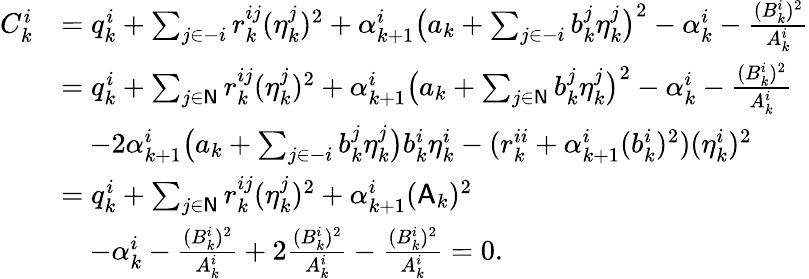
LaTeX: \begin{array}{rl}{C_{k}^{i}}&{=q_{k}^{i}+\sum_{j\in-i}r_{k}^{ij}(\eta_{k}^{j})^{2}+\alpha_{k+1}^{i}\big(a_{k}+\sum_{j\in-i}b_{k}^{j}\eta_{k}^{j}\big)^{2}-\alpha_{k}^{i}-\frac{(B_{k}^{i})^{2}}{A_{k}^{i}}}\\ &{=q_{k}^{i}+\sum_{j\in\mathsf{N}}r_{k}^{ij}(\eta_{k}^{j})^{2}+\alpha_{k+1}^{i}\big(a_{k}+\sum_{j\in\mathsf{N}}b_{k}^{j}\eta_{k}^{j}\big)^{2}-\alpha_{k}^{i}-\frac{(B_{k}^{i})^{2}}{A_{k}^{i}}}\\ &{\quad-2\alpha_{k+1}^{i}\big(a_{k}+\sum_{j\in-i}b_{k}^{j}\eta_{k}^{j}\big)b_{k}^{i}\eta_{k}^{i}-(r_{k}^{ii}+\alpha_{k+1}^{i}(b_{k}^{i})^{2})(\eta_{k}^{i})^{2}}\\ &{=q_{k}^{i}+\sum_{j\in\mathsf{N}}r_{k}^{ij}(\eta_{k}^{j})^{2}+\alpha_{k+1}^{i}(\mathsf{A}_{k})^{2}}\\ &{\quad-\alpha_{k}^{i}-\frac{(B_{k}^{i})^{2}}{A_{k}^{i}}+2\frac{(B_{k}^{i})^{2}}{A_{k}^{i}}-\frac{(B_{k}^{i})^{2}}{A_{k}^{i}}=0.}\end{array}